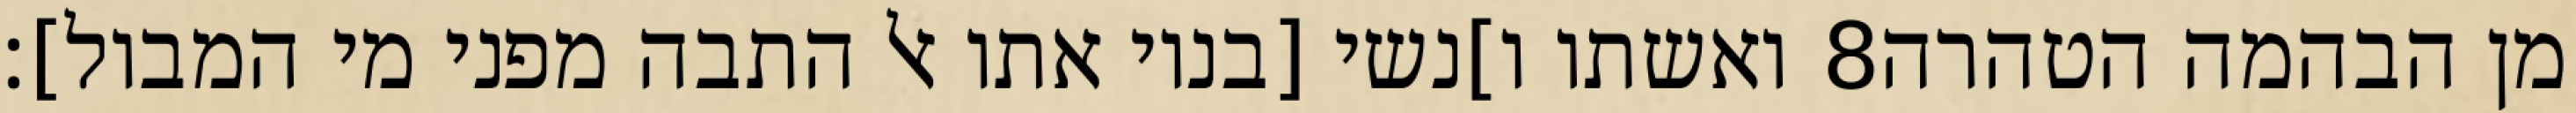
ואשתו ו]נשי [בניו אתו אל התבה מפני מי המבול]׃ ‎8‏ מן הבהמה הטהרה